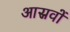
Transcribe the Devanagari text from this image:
आस्रवों